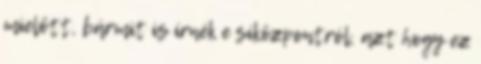
mielőtt, bármit is írnék e síközpontról, azt hogy ez